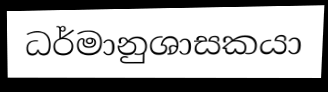
ධර්මානුශාසකයා